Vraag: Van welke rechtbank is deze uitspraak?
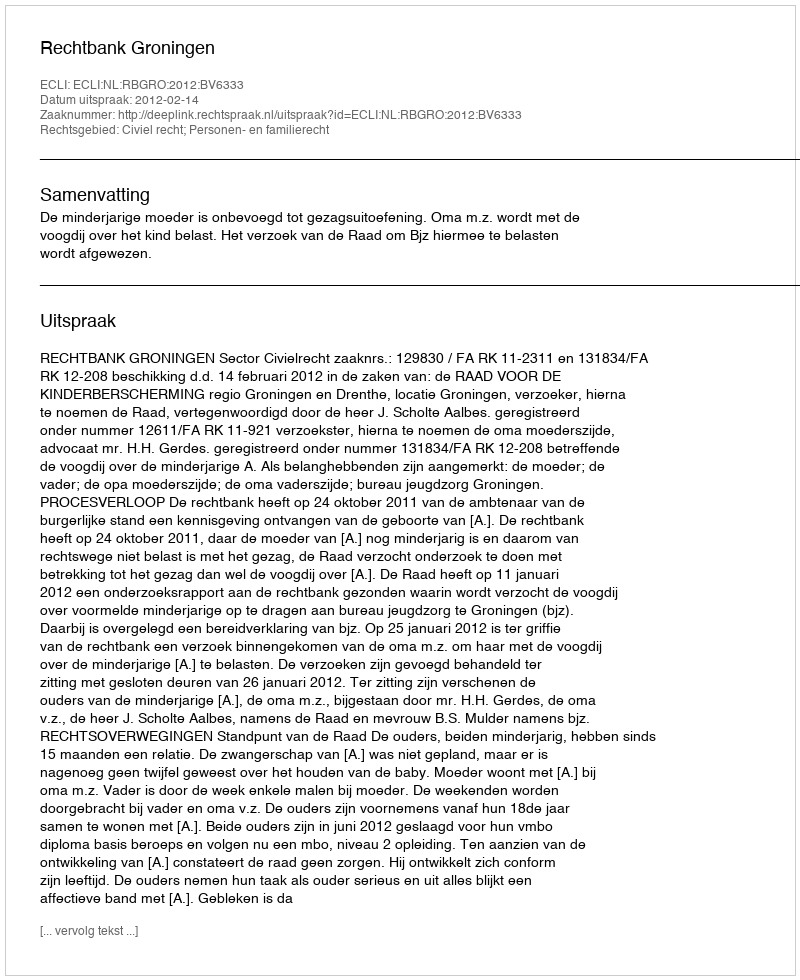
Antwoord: Rechtbank Groningen